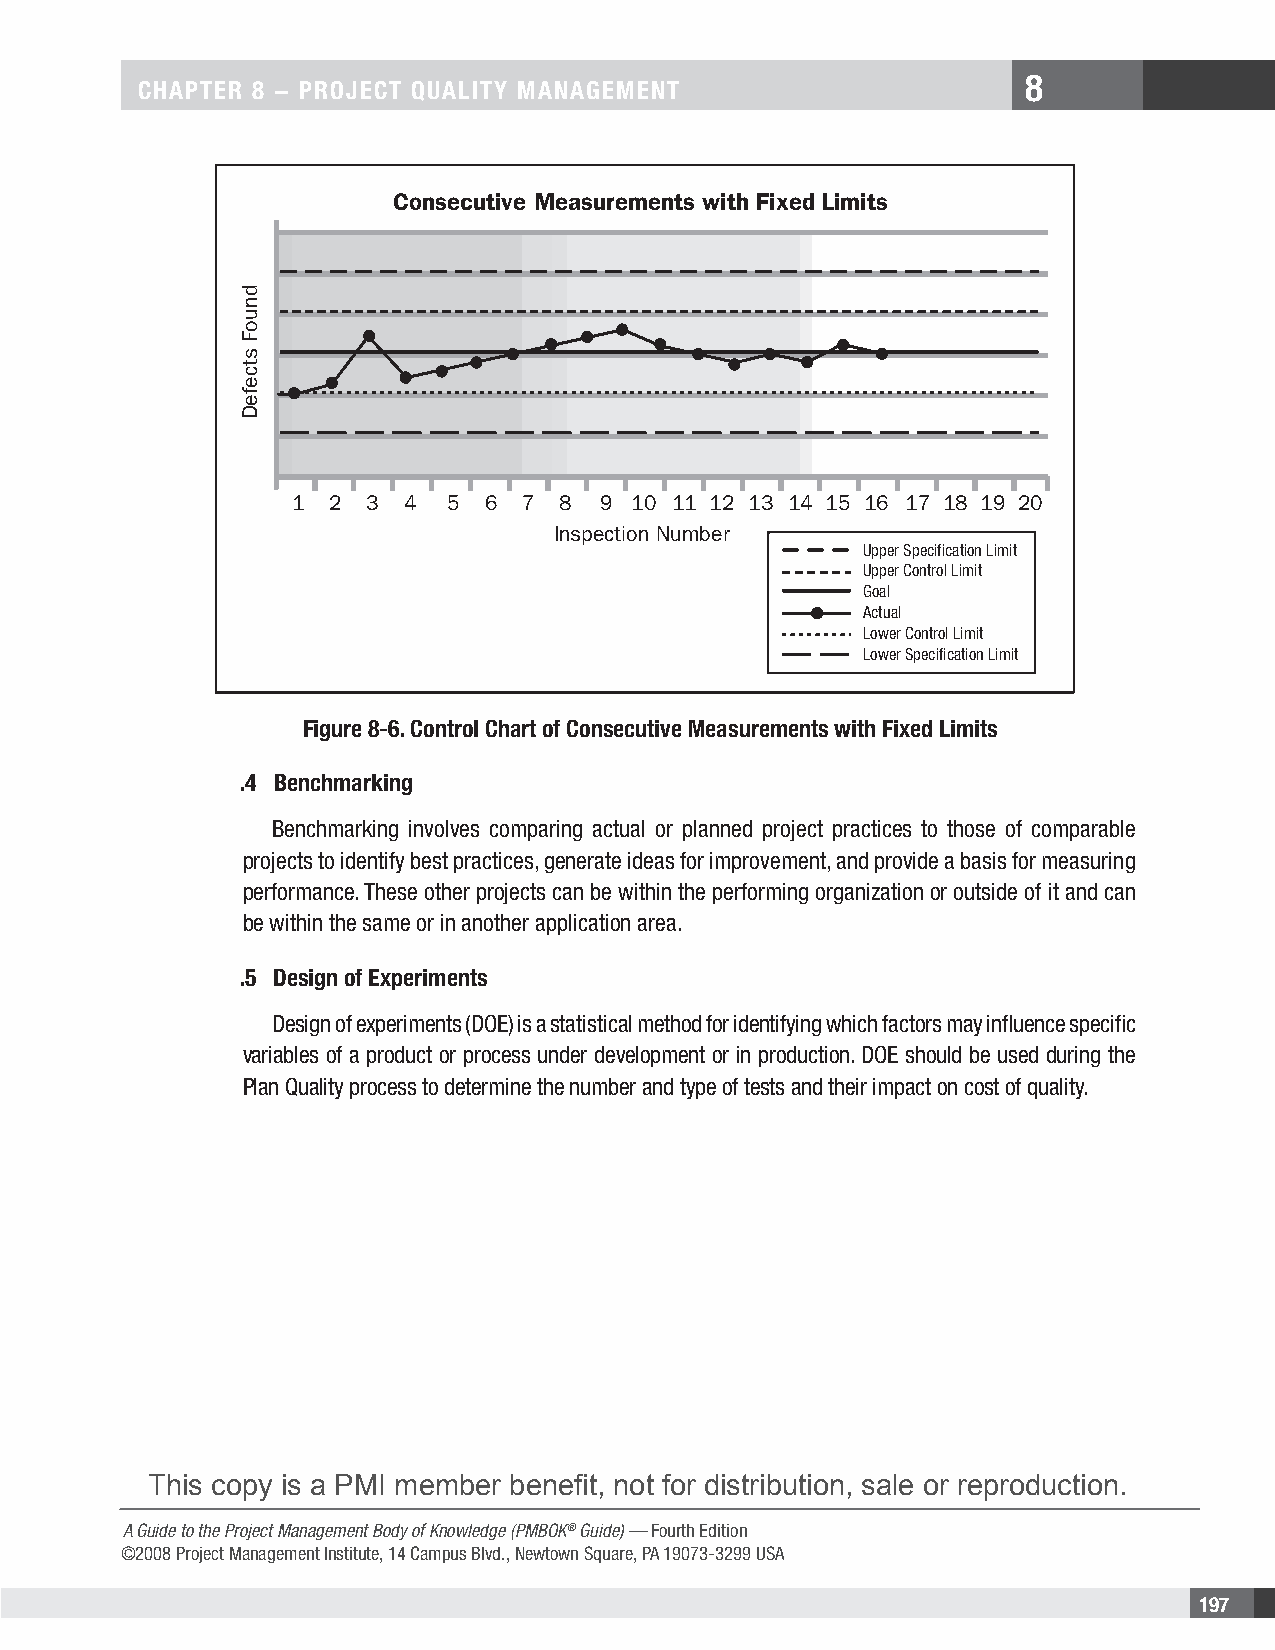
8
 CHAPTER 8 − PRojECT QuAliTy MAnAgEMEnT
 Consecutive Measurements with Fixed Limits
 1  2 3  4  5 6  7 8  9 10 11 12 13 14 15 16 17 18 19 20
 Inspection Number
 Upper Specification Limit
 Upper Control Limit
 Goal
 Actual
 Lower Control Limit
 Lower Specification Limit
 Figure 8-6. Control Chart of Consecutive Measurements with Fixed limits
 .4 Benchmarking
 Benchmarking involves comparing actual or planned project practices to those of comparable
 projects to identify best practices, generate ideas for improvement, and provide a basis for measuring
 performance. These other projects can be within the performing organization or outside of it and can
 be within the same or in another application area.
 .5 Design of Experiments
 Design of experiments (DOE) is a statistical method for identifying which factors may influence specific
 variables of a product or process under development or in production. DOE should be used during the
 Plan Quality process to determine the number and type of tests and their impact on cost of quality.
 This copy is a PMI member benefit, not for distribution, sale or reproduction.
 A Guide to the Project Management Body of Knowledge (PMBOK® Guide) — Fourth Edition
 ©2008 Project Management Institute, 14 Campus Blvd., Newtown Square, PA 19073-3299 USA
 197
 dnuoF
 stcefeD